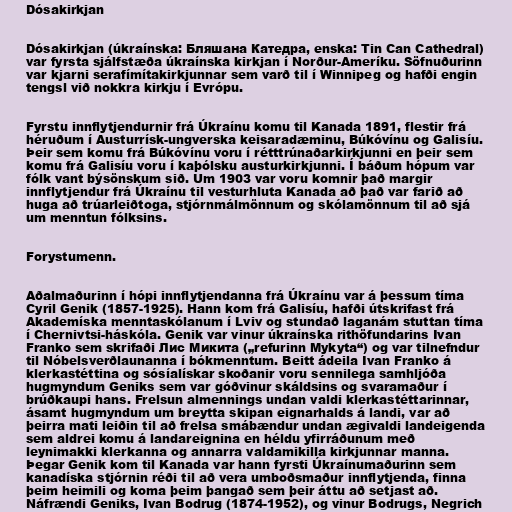
Dósakirkjan

Dósakirkjan (úkraínska: Бляшана Катедра, enska: Tin Can Cathedral)
var fyrsta sjálfstæða úkraínska kirkjan í Norður-Ameríku. Söfnuðurinn
var kjarni serafímítakirkjunnar sem varð til í Winnipeg og hafði engin
tengsl við nokkra kirkju í Evrópu.

Fyrstu innflytjendurnir frá Úkraínu komu til Kanada 1891, flestir frá
héruðum í Austurrísk-ungverska keisaradæminu, Búkóvínu og Galisíu.
Þeir sem komu frá Búkóvínu voru í rétttrúnaðarkirkjunni en þeir sem
komu frá Galisíu voru í kaþólsku austurkirkjunni. Í báðum hópum var
fólk vant býsönskum sið. Um 1903 var voru komnir það margir
innflytjendur frá Úkraínu til vesturhluta Kanada að það var farið að
huga að trúarleiðtoga, stjórnmálmönnum og skólamönnum til að sjá
um menntun fólksins.

Forystumenn.

Aðalmaðurinn í hópi innflytjendanna frá Úkraínu var á þessum tíma
Cyril Genik (1857-1925). Hann kom frá Galisíu, hafði útskrifast frá
Akademíska menntaskólanum í Lviv og stundað laganám stuttan tíma
í Chernivtsi-háskóla. Genik var vinur úkraínska rithöfundarins Ivan
Franko sem skrifaði Лис Микита („refurinn Mykyta“) og var tilnefndur
til Nóbelsverðlaunanna í bókmenntum. Beitt ádeila Ivan Franko á
klerkastéttina og sósíalískar skoðanir voru sennilega samhljóða
hugmyndum Geniks sem var góðvinur skáldsins og svaramaður í
brúðkaupi hans. Frelsun almennings undan valdi klerkastéttarinnar,
ásamt hugmyndum um breytta skipan eignarhalds á landi, var að
þeirra mati leiðin til að frelsa smábændur undan ægivaldi landeigenda
sem aldrei komu á landareignina en héldu yfirráðunum með
leynimakki klerkanna og annarra valdamikilla kirkjunnar manna.
Þegar Genik kom til Kanada var hann fyrsti Úkraínumaðurinn sem
kanadíska stjórnin réði til að vera umboðsmaður innflytjenda, finna
þeim heimili og koma þeim þangað sem þeir áttu að setjast að.
Náfrændi Geniks, Ivan Bodrug (1874-1952), og vinur Bodrugs, Negrich